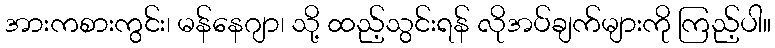
အားကစားကွင်း၊ မန်နေဂျာ၊ သို့ ထည့်သွင်းရန် လိုအပ်ချက်များကို ကြည့်ပါ။